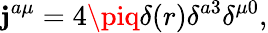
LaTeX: \mathbf{j}^{a\mu}=4\piq\delta(r)\delta^{a3}\delta^{\mu0},